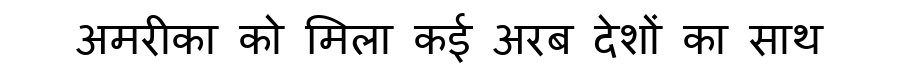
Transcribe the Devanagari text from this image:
अमरीका को मिला कई अरब देशों का साथ